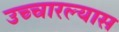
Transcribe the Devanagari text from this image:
उच्चारल्यास